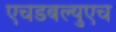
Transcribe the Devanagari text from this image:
एचडबल्युएच